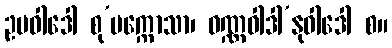
ဥပဝါဒေါ စု’ပက္ကောသာ၊ ဝဏ္ဏဝါဒါ’နုဝါဒေါ စ။